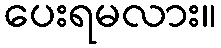
ပေးရမလား။